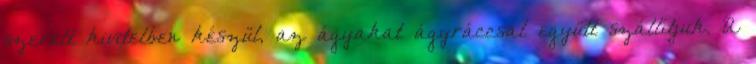
szerelt kivitelben készül, az ágyakat ágyráccsal együtt szállítjuk. A